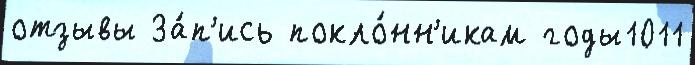
отзывы За́п'ись покло́нн'икам годы1011